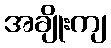
အချိုးကျ